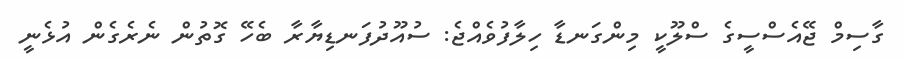
ގާސިމް ޖޭއެސްސީގެ ސްލޫކީ މިންގަނޑާ ހިލާފުވެއްޖެ: ސުއޫދުފަނޑިޔާރާ ބެހޭ ގޮތުން ނެރެގެން އުޅެނީ